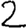
Digit: 2